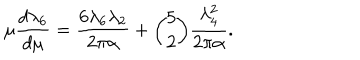
LaTeX: \mu { \frac { d \lambda _ { 6 } } { d \mu } } = { \frac { 6 \lambda _ { 6 } \lambda _ { 2 } } { 2 \pi \alpha } } + { \binom { 5 } { 2 } } { \frac { \lambda _ { 4 } ^ { 2 } } { 2 \pi \alpha } } .